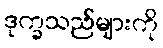
ဒုက္ခသည်များကို